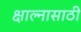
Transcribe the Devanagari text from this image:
क्षाल्नासाठी